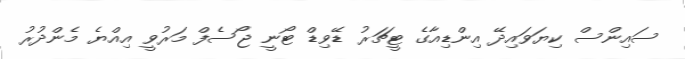
ސައިންސް ކިޔަވައިދޭ އިންޑިއާގެ ޓީޗަރު ޑޭވިޑް ޓޯނީ ޖޯސެފް މަރުވީ އިއްޔެ މެންދުރު